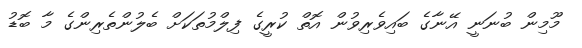
މޫމިން ބުނަނީ އޭނާގެ ބައިވެރިވުން އޮތް ކުރީގެ ފިލްމުތަކަށް ބެލުންތެރިންގެ މާ ބޮޑު